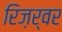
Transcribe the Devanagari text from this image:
रिज़र्वर